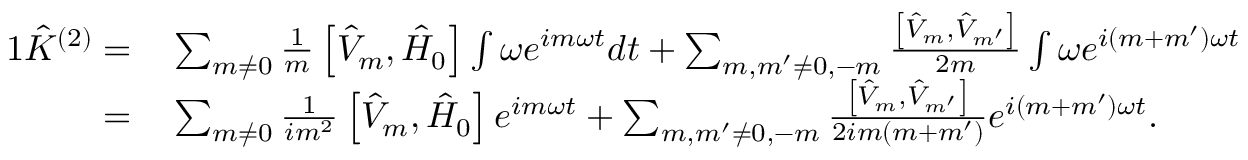
\begin{array} { r l } { { 1 } \hat { K } ^ { ( 2 ) } = } & { { } \sum _ { m \neq 0 } \frac { 1 } { m } \left[ \hat { V } _ { m } , \hat { H } _ { 0 } \right] \int \omega e ^ { i m \omega t } d t + \sum _ { m , m ^ { \prime } \neq 0 , - m } \frac { \left[ \hat { V } _ { m } , \hat { V } _ { m ^ { \prime } } \right] } { 2 m } \int \omega e ^ { i ( m + m ^ { \prime } ) \omega t } d t } \\ { = } & { { } \sum _ { m \neq 0 } \frac { 1 } { i m ^ { 2 } } \left[ \hat { V } _ { m } , \hat { H } _ { 0 } \right] e ^ { i m \omega t } + \sum _ { m , m ^ { \prime } \neq 0 , - m } \frac { \left[ \hat { V } _ { m } , \hat { V } _ { m ^ { \prime } } \right] } { 2 i m ( m + m ^ { \prime } ) } e ^ { i ( m + m ^ { \prime } ) \omega t } . } \end{array}